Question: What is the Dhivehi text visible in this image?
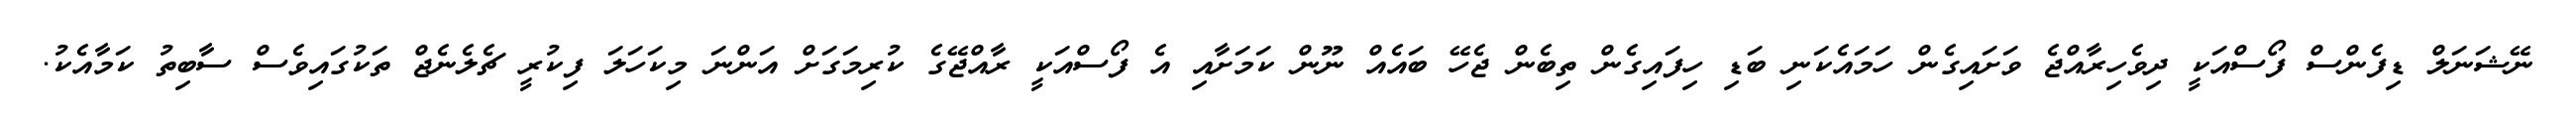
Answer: ނޭޝަނަލް ޑިފެންސް ފޯސްއަކީ ދިވެހިރާއްޖެ ވަށައިގެން ހަމައެކަނި ބަޑި ހިފައިގެން ތިބެން ޖެހޭ ބައެއް ނޫން ކަމަށާއި އެ ފޯސްއަކީ ރާއްޖޭގެ ކުރިމަގަށް އަންނަ މިކަހަލަ ފިކުރީ ޗެލެނެޖް ތަކުގައިވެސް ސާބިތު ކަމާއެކު.